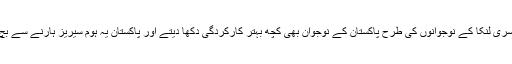
شاید سری لنکا کے نوجوانوں کی طرح پاکستان کے نوجوان بھی کچھ بہتر کارکردگی دکھا دیتے اور پاکستان یہ ہوم سیریز ہارنے سے بچ جاتا۔